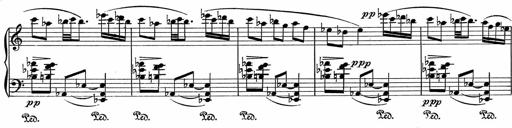
Title: 3Ã¨me Sonatine
Composer: Raffaele d' Alessandro